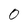
Character: 0